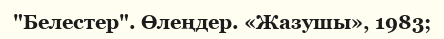
"Белестер". Өлеңдер. «Жазушы», 1983;